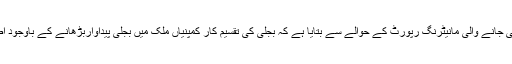
نجی ٹی وی نے بجلی کی طلب ورسد پر تیار کی جانے والی مانیٹرنگ رپورٹ کے حوالے سے بتایا ہے کہ بجلی کی تقسیم کار کمپنیاں ملک میں بجلی پیداواربڑھانے کے باوجود اضافی بجلی خریدنے میں دلچسپی نہیں لے رہیں۔